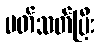
ပတ်သတ်ပြီး